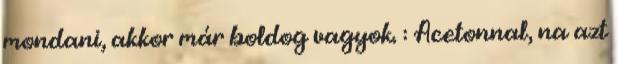
mondani, akkor már boldog vagyok. : Acetonnal, na azt